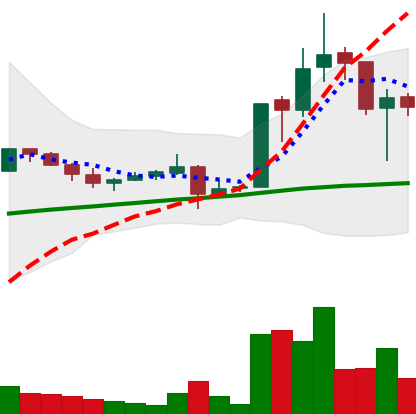
Ticker: LTC-USD
Chart end date: 2017-10-19
Forward return: -6.322%
Label: down_5_7